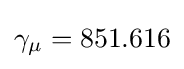
\gamma _{\mu }=851.616